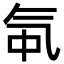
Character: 㲴